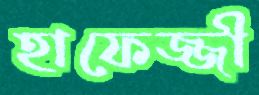
হাফেজ্জী